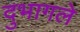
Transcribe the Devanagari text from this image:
दुभागले